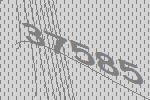
37585